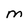
Character: M